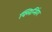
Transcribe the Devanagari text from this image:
क्लिन्सिंग